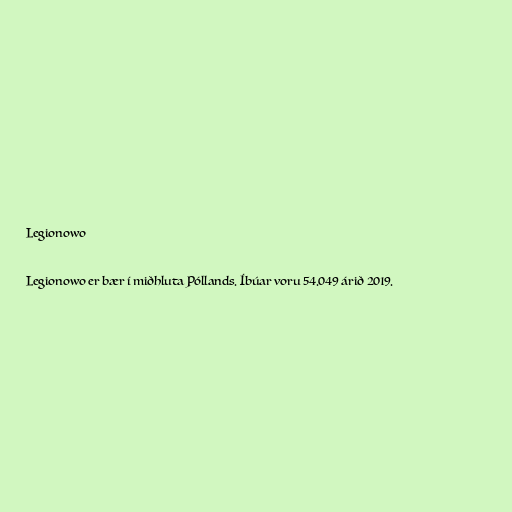
Legionowo

Legionowo er bær í miðhluta Póllands. Íbúar voru 54.049 árið 2019.